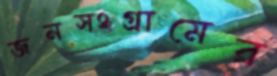
জনসংগ্রামের